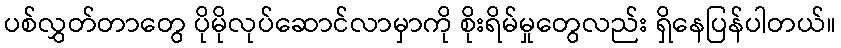
ပစ်လွှတ်တာတွေ ပိုမိုလုပ်ဆောင်လာမှာကို စိုးရိမ်မှုတွေလည်း ရှိနေပြန်ပါတယ်။